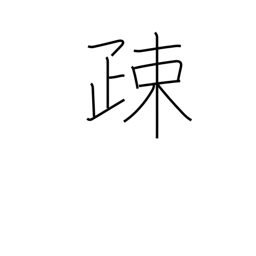
Meaning: alienate